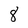
Character: 8